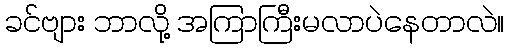
ခင်ဗျား ဘာလို့ အကြာကြီးမလာပဲနေတာလဲ။